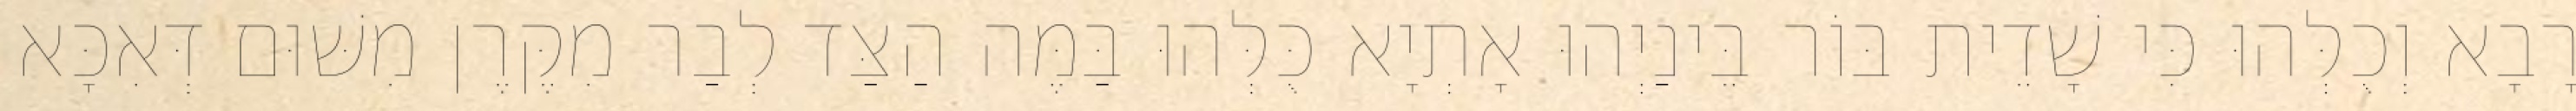
רָבָא וְכֻלְּהוּ כִּי שָׁדֵית בּוֹר בֵּינַיְהוּ אָתְיָא כֻּלְּהוּ בַּמֶּה הַצַּד לְבַר מִקֶּרֶן מִשּׁוּם דְּאִכָּא